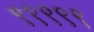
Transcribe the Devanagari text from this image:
९९९९९